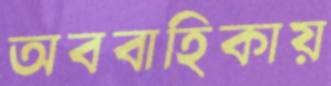
অববাহিকায়